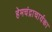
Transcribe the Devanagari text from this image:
हेमचंद्राचार्यका